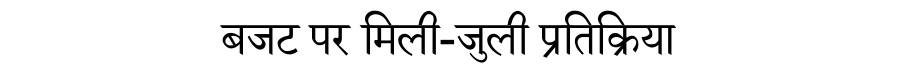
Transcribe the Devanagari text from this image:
बजट पर मिली-जुली प्रतिक्रिया